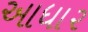
આધા૨